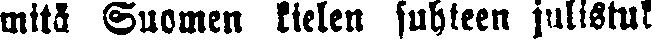
mitä Suomen kielen suhteen julistuk